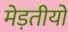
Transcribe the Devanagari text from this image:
मेड़तीयों